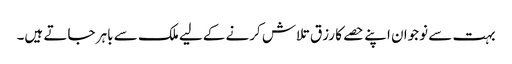
بہت سے نوجوان اپنے حصے کا رزق تلاش کرنے کےلیے ملک سے باہر جاتے ہیں۔